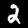
Digit: 2